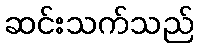
ဆင်းသက်သည်